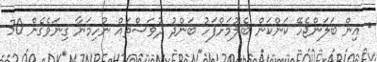
އިން ބަލަންޖެހޭ ކަންކަން ބެލުމަށްފަހު ބަންދު ދުވަސްތައް ނުހިމަނާ ގިނަވެގެން 30